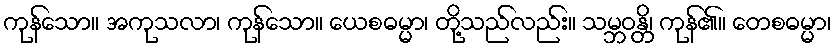
ကုန်သော။ အကုသလာ၊ ကုန်သော။ ယေစဓမ္မာ၊ တို့သည်လည်း။ သမ္ဘဝန္တိ၊ ကုန်၏။ တေစဓမ္မာ၊